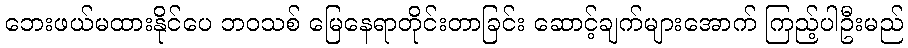
ဘေးဖယ်မထားနိုင်ပေ ဘဝသစ် မြေနေရာတိုင်းတာခြင်း ဆောင့်ချက်များအောက် ကြည့်ပါဦးမည်